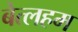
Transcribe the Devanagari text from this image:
बेत्लहम